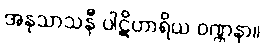
အနုသာသနီ ပါဋိဟာရိယ ဝဏ္ဏနာ။